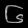
Digit: ၆